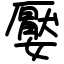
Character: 嬮